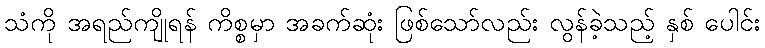
သံကို အရည်ကျိုရန် ကိစ္စမှာ အခက်ဆုံး ဖြစ်သော်လည်း လွန်ခဲ့သည့် နှစ် ပေါင်း